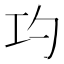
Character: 𭘅